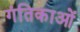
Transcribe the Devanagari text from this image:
गंतिकाओं